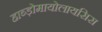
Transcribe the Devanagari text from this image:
हाब्ड़ोमायोलायसिस